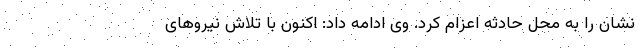
نشان را به محل حادثه اعزام کرد. وی ادامه داد: اکنون با تلاش نیروهای